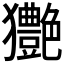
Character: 𤣚